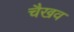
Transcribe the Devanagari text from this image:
चैखव